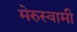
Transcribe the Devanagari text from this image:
मेरुस्वामी